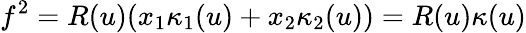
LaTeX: f^{2}=R(u)(x_{1}\kappa_{1}(u)+x_{2}\kappa_{2}(u))=R(u)\kappa(u)